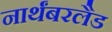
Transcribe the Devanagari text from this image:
नार्थंबरलैड